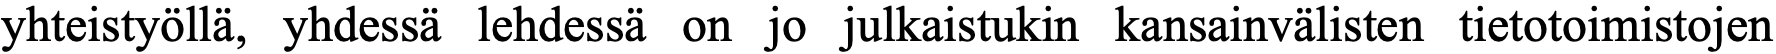
yhteistyöllä, yhdessä lehdessä on jo julkaistukin kansainvälisten tietotoimistojen